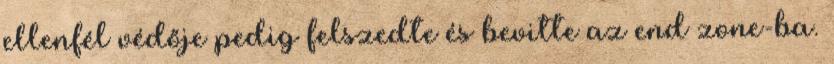
ellenfél védője pedig felszedte és bevitte az end zone-ba.